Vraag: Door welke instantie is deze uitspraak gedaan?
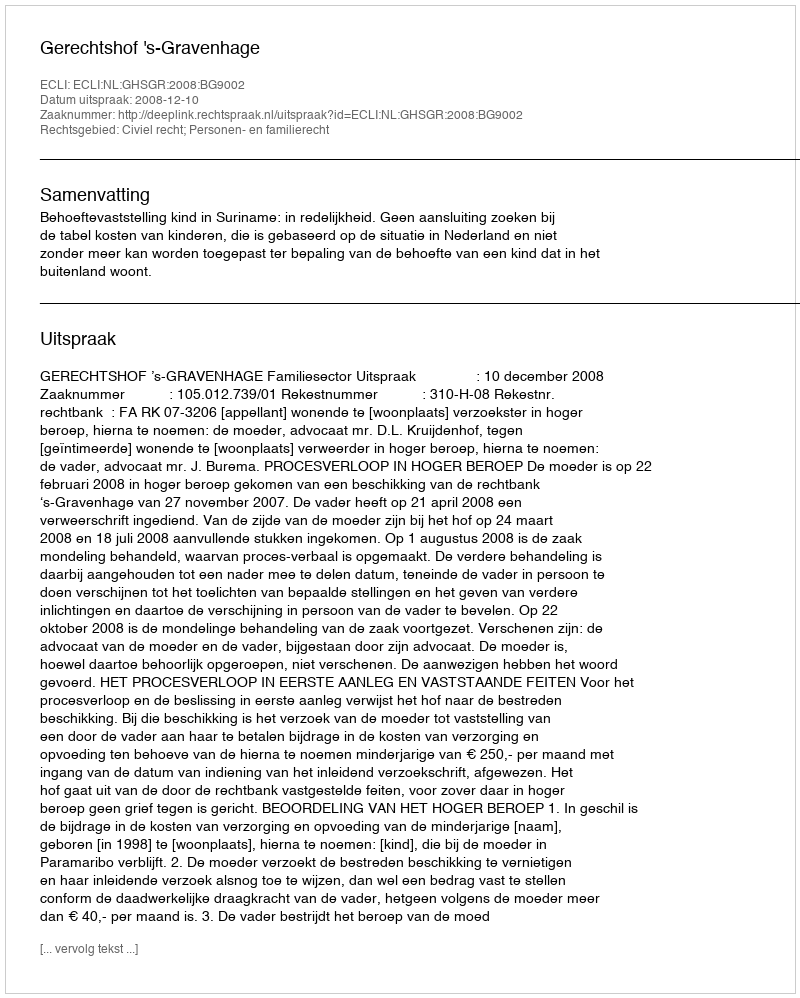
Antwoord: Gerechtshof 's-Gravenhage